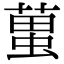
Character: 𧍣